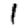
Digit: 1